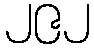
၂၉၂